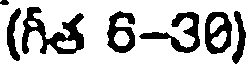
(గీత 6-30)